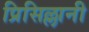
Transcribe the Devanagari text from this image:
प्रिसिल्लानी